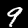
Label: 9